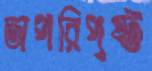
অপরিপুষ্ট